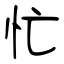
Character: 忙